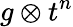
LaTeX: g\otimes t^{n}